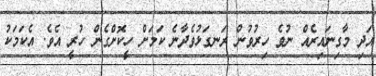
އަދި މާގިނައިރެއް ނުވެ ހިރުވުން ރަނގަޅުވެދާނެ ކަމަށް ހީކޮށްގެން ހުރީ އެވެ. އެކަމަކު